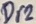
Text: Dr2